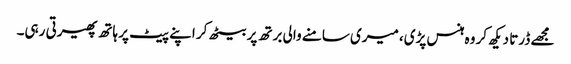
مجھے ڈرتا دیکھ کر وہ ہنس پڑی، میری سامنے والی برتھ پر بیٹھ کر اپنے پیٹ پر ہاتھ پھیرتی رہی۔